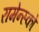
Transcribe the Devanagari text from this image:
रामेन्स्को